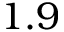
1 . 9